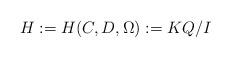
LaTeX: \begin{align*}H := H(C,D,\Omega) := KQ/I\end{align*}